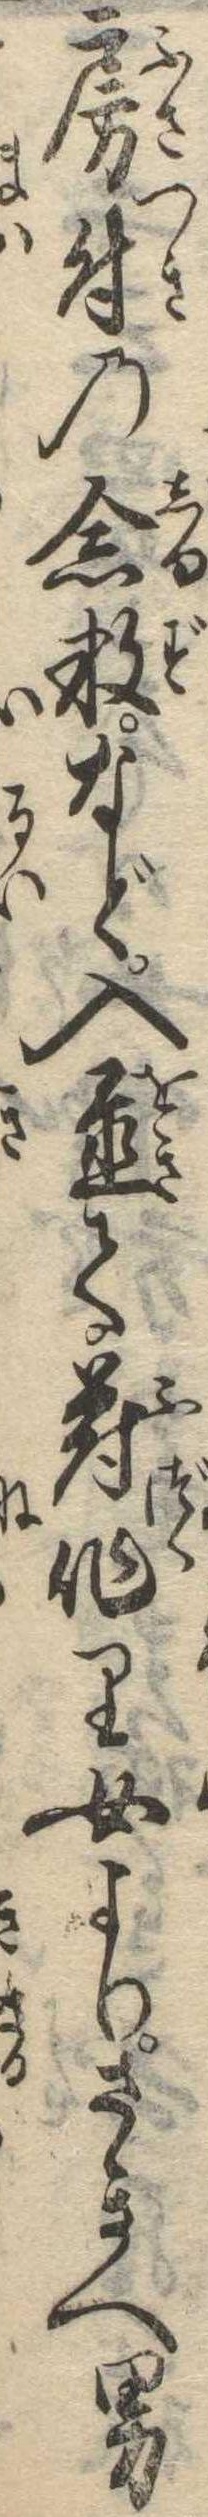
房付の念数など入置て符作り女よりさきへ男